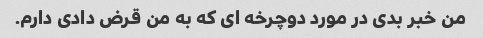
من خبر بدی در مورد دوچرخه ای که به من قرض دادی دارم.